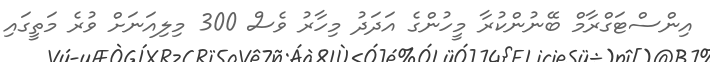
އިންސްޓަގްރާމް ބޭނުންކުރާ މީހުންގެ އަދަދު މިހާރު ވެސް 300 މިލިއަނަށް ވުރެ މަތީގައި